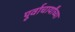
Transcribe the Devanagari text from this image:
पूर्वाचार्यांच्या